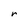
Character: r